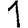
Digit: 1